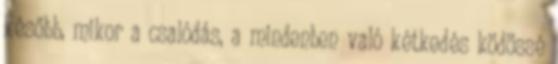
később, mikor a csalódás, a mindenben való kétkedés ködössé